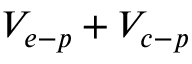
V _ { e - p } + V _ { c - p }